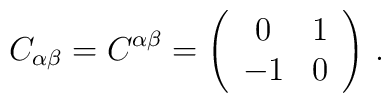
C_{ \alpha \beta}=C^{ \alpha \beta}=\left(\begin{array}{cc}0  &  1\\-1 &  0\end{array}\right)\,.